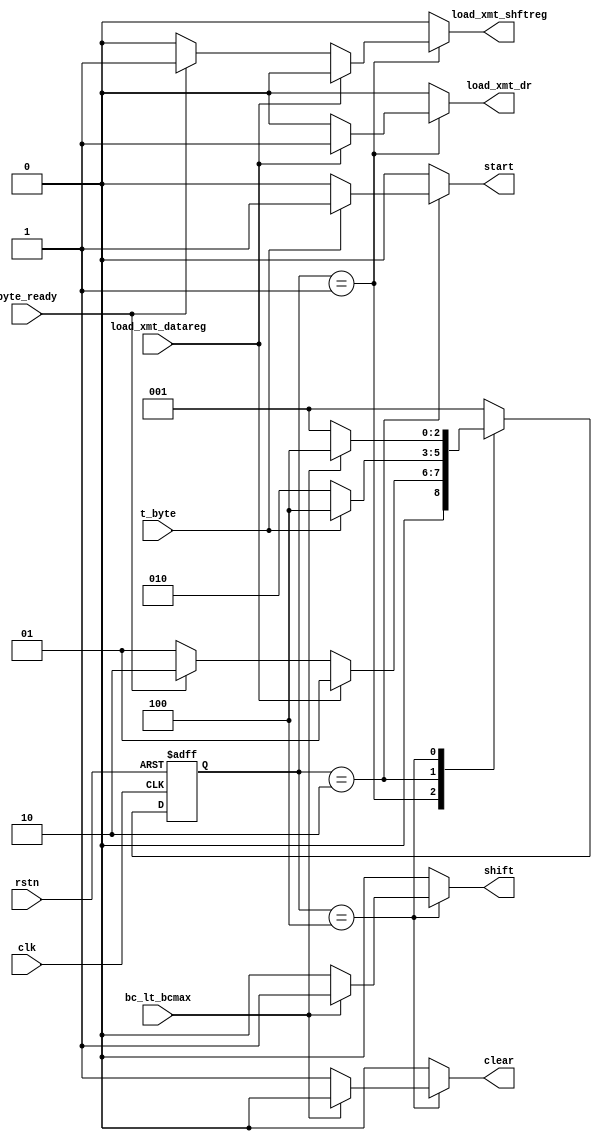
//==============================================================================
// Module name: xmt_control
// Description: 
// -------------------------------------------------
// Modification log here:
// Author     :
// Date       : 
// Message    :
//==============================================================================
module xmt_control
#(
  parameter one_hot_count  = 3,
  parameter state_count    = 3,
  parameter size_bit_conut = 3,
  
  parameter s_idle         = 3'b001,
  parameter s_waiting      = 3'b010,
  parameter s_sending      = 3'b100,
  parameter all_ones       = 9'b1_1111_1111  
)
(
  output reg load_xmt_dr,
  output reg load_xmt_shftreg,
  output reg start,
  output reg shift,
  output reg clear,
  input      load_xmt_datareg,
  input      byte_ready,
  input      t_byte,
  input      bc_lt_bcmax,

  input      clk,
  input      rstn
);

  reg [state_count - 1 : 0]  current_state;
  reg [state_count - 1 : 0]  next_state;

  always @ (posedge clk or negedge rstn) begin
    if(!rstn)
      current_state <= s_idle;
    else
      current_state <= next_state;
  end

  always @ (current_state, load_xmt_datareg, byte_ready, t_byte, bc_lt_bcmax) begin
    
    load_xmt_dr      = 1'b0;
    load_xmt_shftreg = 1'b0;
    start            = 1'b0;
    shift            = 1'b0;
    clear            = 1'b0;
    next_state       = s_idle;

    case(current_state)
      s_idle: begin
        if(load_xmt_datareg == 1'b1) begin 
          load_xmt_dr = 1;
          next_state  = s_idle;
        end
        else if(byte_ready == 1'b1) begin
          load_xmt_shftreg = 1'b1;
          next_state       = s_waiting;
        end
      end

      s_waiting: begin
        if(t_byte == 1'b1) begin
          start      = 1'b1;
          next_state = s_sending;
        end
        else 
          next_state = s_waiting;
      end

      s_sending: begin
        if(bc_lt_bcmax == 1'b1) begin
          shift      = 1'b1;
          next_state = s_sending;
        end
        else begin
          clear = 1'b1;
          next_state = s_idle;
        end
      end

      default: next_state = s_idle;
    endcase
  end

endmodule